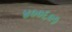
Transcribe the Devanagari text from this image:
४००६०१